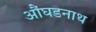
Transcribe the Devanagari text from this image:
औंघडनाथ